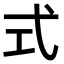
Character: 式